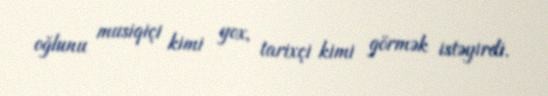
oğlunu musiqiçi kimi yox, tarixçi kimi görmək istəyirdi.